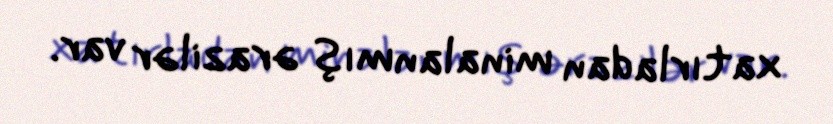
xatırladan minalanmış ərazilər var.